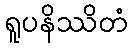
ရူပနိဿိတံ